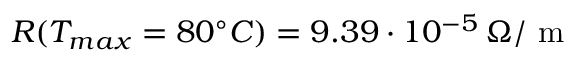
R ( T _ { m a x } = 8 0 ^ { \circ } C ) = 9 . 3 9 \cdot 1 0 ^ { - 5 } \, \Omega / \mathrm { ~ m ~ }